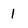
Character: l